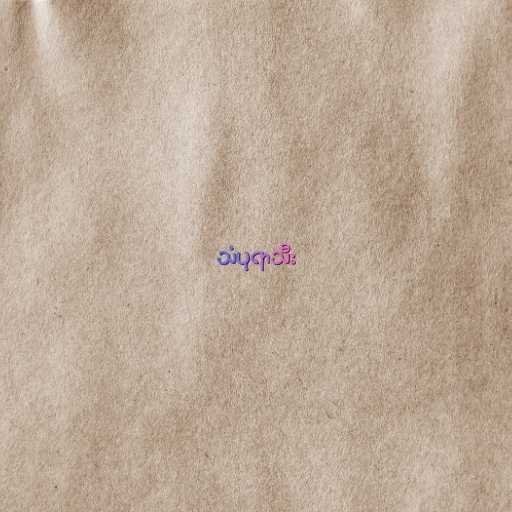
သံပုရာသီး